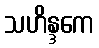
သဟိန္ဒကေ